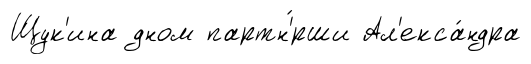
Щук'ина дном партн'́рши Ал'екса́ндра